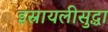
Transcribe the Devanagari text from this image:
इस्रायलीसुद्धा